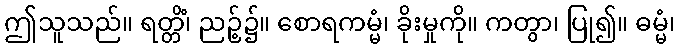
ဤသူသည်။ ရတ္တိံ၊ ညဉ့်၌။ စောရကမ္မံ၊ ခိုးမှုကို။ ကတွာ၊ ပြု၍။ ဓမ္မံ၊